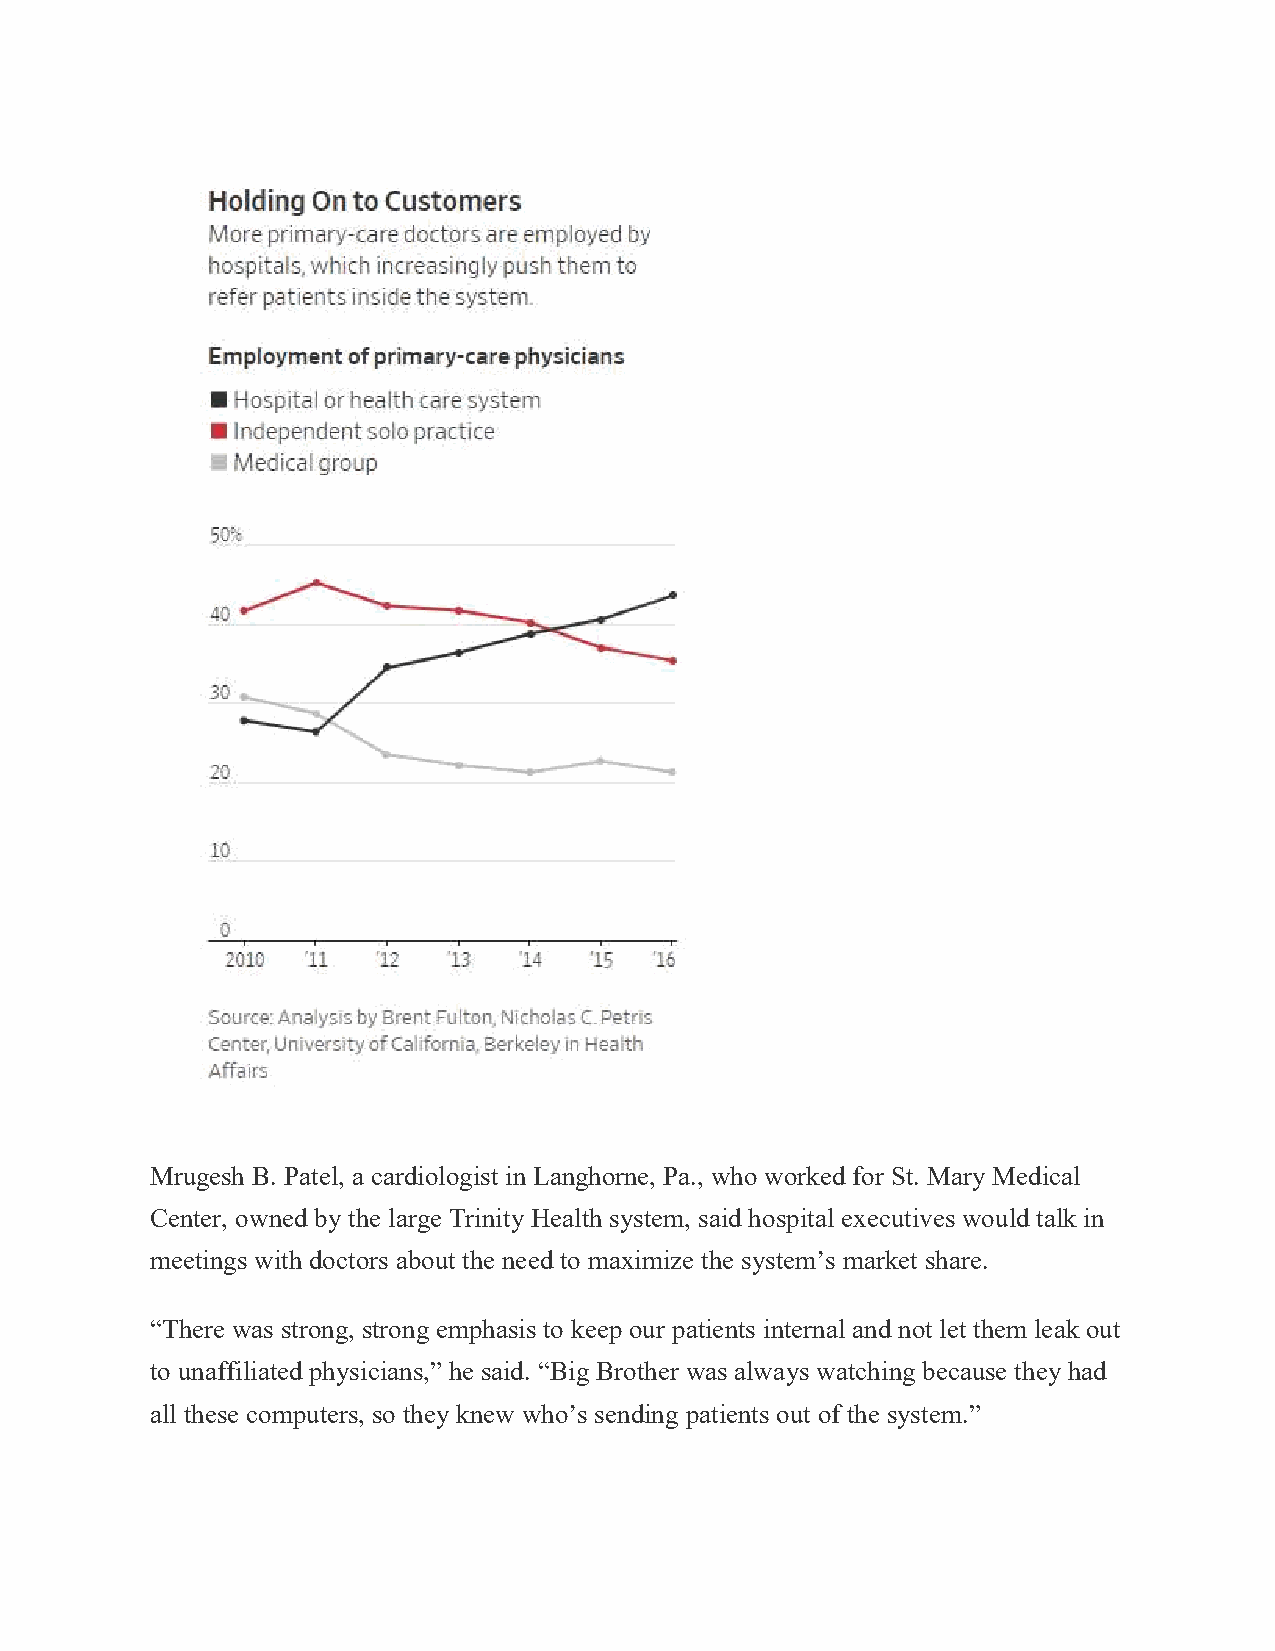
Mrugesh B. Patel, a cardiologist in Langhorne, Pa., who worked for St. Mary Medical
 Center, owned by the large Trinity Health system, said hospital executives would talk in
 meetings with doctors about the need to maximize the system’s market share.
 “There was strong, strong emphasis to keep our patients internal and not let them leak out
 to unaffiliated physicians,” he said. “Big Brother was always watching because they had
 all these computers, so they knew who’s sending patients out of the system.”